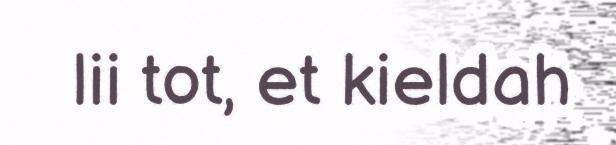
lii tot, et kieldah